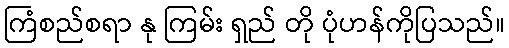
ကြံစည်စရာ နု ကြမ်း ရှည် တို ပုံဟန်ကိုပြသည်။